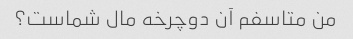
من متاسفم آن دوچرخه مال شماست؟